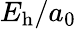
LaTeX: E_{\mathrm{h}}/a_{0}